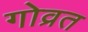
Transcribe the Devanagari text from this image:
गोव्रत